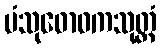
ပံသုဓောဝကသုတ္တံ